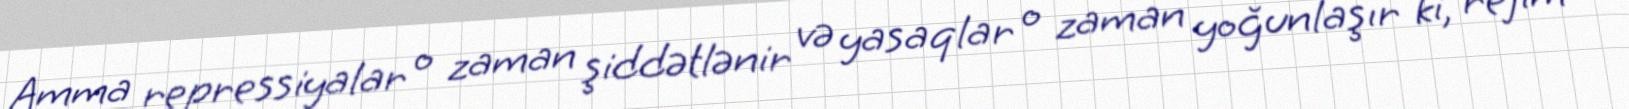
Amma repressiyalar o zaman şiddətlənir və yasaqlar o zaman yoğunlaşır ki, rejim